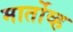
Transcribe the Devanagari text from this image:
मार्तोव्ह